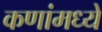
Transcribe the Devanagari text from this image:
कणांमध्ये